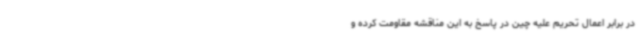
در برابر اعمال تحریم علیه چین در پاسخ به این مناقشه مقاومت کرده و